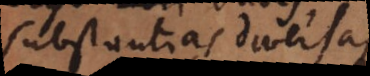
substantias diversas